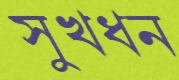
সুখধন